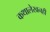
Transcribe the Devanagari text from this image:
कथालेखनही